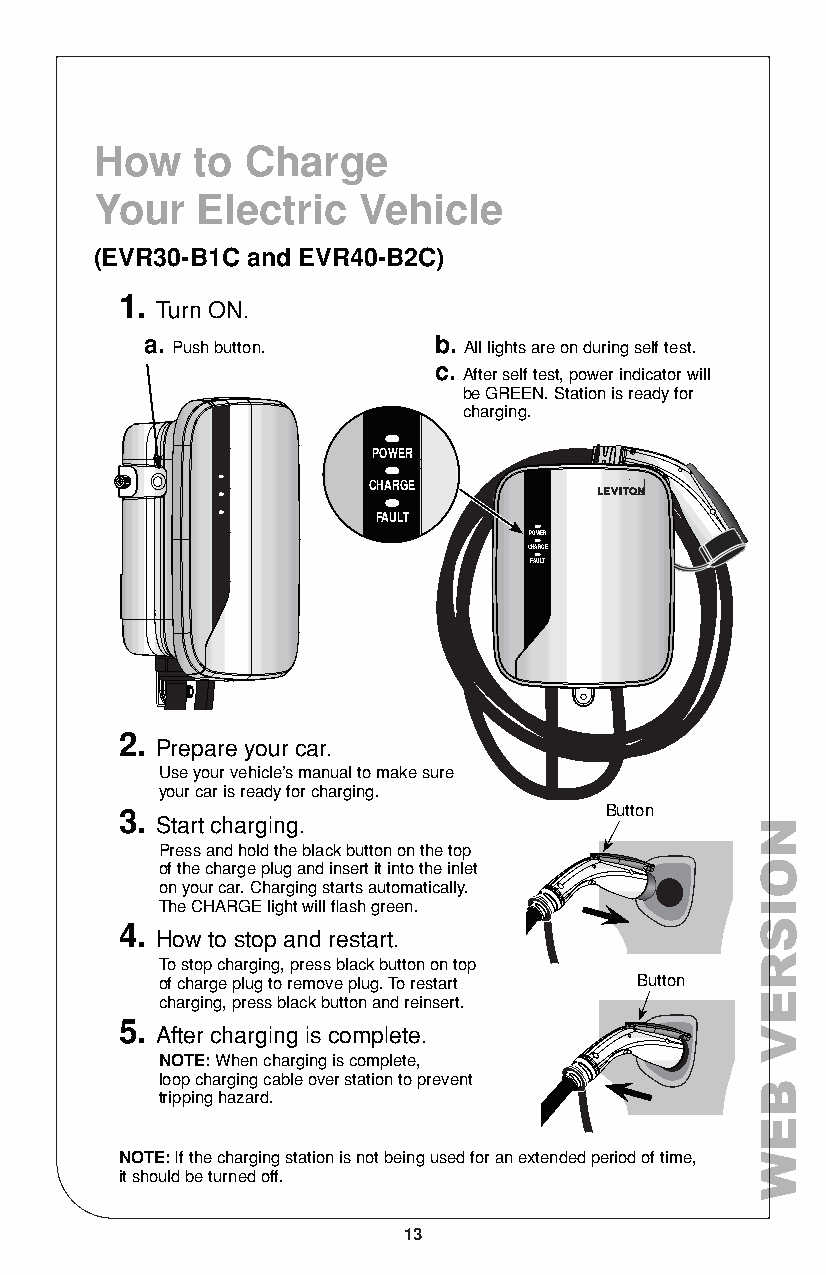
How    to Charge
 Your   Electric   Vehicle
 (EVR30-B1C and EVR40-B2C)
 1.
 Turn ON.
 a.                 b.
 Push button.        All lights are on during self test.
 c.
 After self test, power indicator will
 be GREEN. Station is ready for
 charging.
 POWER
 CHARGE
 FAULT
 POWER
 CHARGE
 FAULT
 2.
 Prepare your car.
 Use your vehicle’s manual to make sure
 your car is ready for charging.
 3.                              Button
 Start charging.
 Press and hold the black button on the top
 of the charge plug and insert it into the inlet
 on your car. Charging starts automatically.
 The CHARGE light will flash green.
 4.
 How to stop and restart.
 To stop charging, press black button on top
 of charge plug to remove plug. To restart Button
 charging, press black button and reinsert.
 5.
 After charging is complete.
 NOTE: When charging is complete,
 loop charging cable over station to prevent
 tripping hazard.
 NOTE: If the charging station is not being used for an extended period of time,
 it should be turned off.
 13
 NOISREV
 BEW